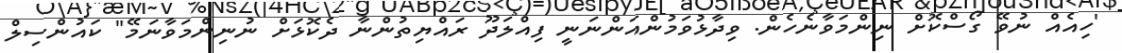
'ހިއެއް ނުވޭ ގޯސްކޮށް ނިންމަވާނެހެން. ވިދާޅުވަމުންއަންނަނީ ފިއްލަދޫ ރައްޔިތުންނާ ދެކޮޅަށް ނުނިންމަވާނަމޭ" ކައުންސިލް